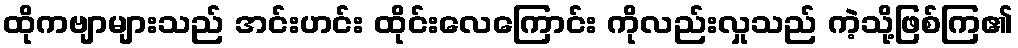
ထိုကဗျာများသည် အင်းဟင်း ထိုင်းလေကြောင်း ကိုလည်းလှုသည် ကဲ့သို့ဖြစ်ကြ၏